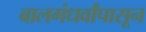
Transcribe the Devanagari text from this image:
बालगंधर्वांपासून